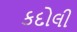
કદોલી